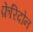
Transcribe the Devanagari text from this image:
फ़ेरिदोन